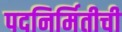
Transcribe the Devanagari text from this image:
पदनिर्मितीची